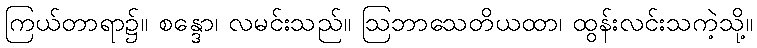
ကြယ်တာရာ၌။ စန္ဒော၊ လမင်းသည်။ ဩဘာသေတိယထာ၊ ထွန်းလင်းသကဲ့သို့။